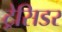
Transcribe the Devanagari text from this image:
ट्रेसिडर